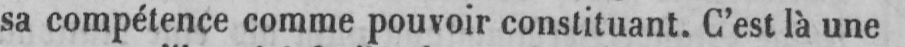
sa compétence comme pouvoir constituant. C’est là une